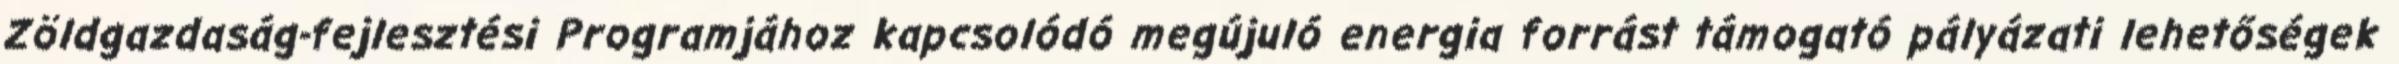
Zöldgazdaság-fejlesztési Programjához kapcsolódó megújuló energia forrást támogató pályázati lehetőségek